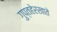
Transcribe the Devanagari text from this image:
गुप्तहेरखाते